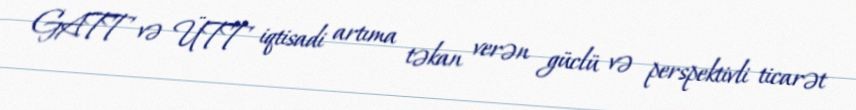
GATT və ÜTT iqtisadi artıma təkan verən güclü və perspektivli ticarət